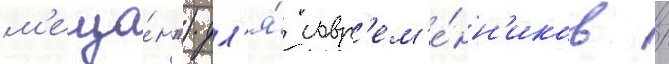
м'еща́н") дл'я́ совр'ем'е́нн'иков /